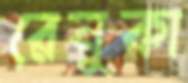
রেনুকা